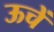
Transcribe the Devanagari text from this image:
ऊचें